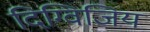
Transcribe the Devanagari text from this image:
दिग्विजिय